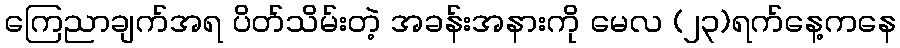
ကြေညာချက်အရ ပိတ်သိမ်းတဲ့ အခန်းအနားကို မေလ (၂၃)ရက်နေ့ကနေ